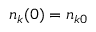
n _ { k } ( 0 ) = n _ { k 0 }